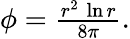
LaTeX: \begin{array}{r}{\phi=\frac{r^{2}\, \ln{r}}{8\pi}.}\end{array}